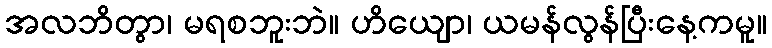
အလဘိတွာ၊ မရစဘူးဘဲ။ ဟိယျော၊ ယမန်လွန်ပြီးနေ့ကမူ။